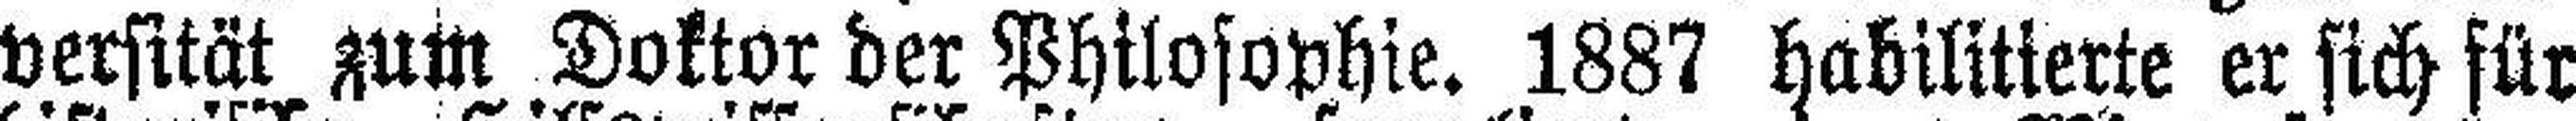
versität zum Doktor der Philosophie. 1887 habilitierte er sich für